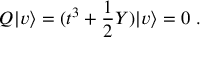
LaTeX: Q | v \rangle = ( t ^ { 3 } + \frac { 1 } { 2 } Y ) | v \rangle = 0 ~ .